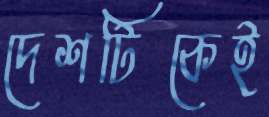
দেশটিকেই